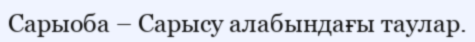
Сарыоба – Сарысу алабындағы таулар.